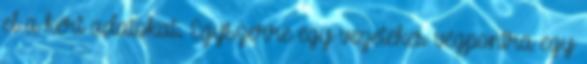
el a kért adatokat. Egyszerre egy vezetékes végpontra egy